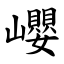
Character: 巊